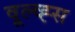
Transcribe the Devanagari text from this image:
वूल्व्ह्स